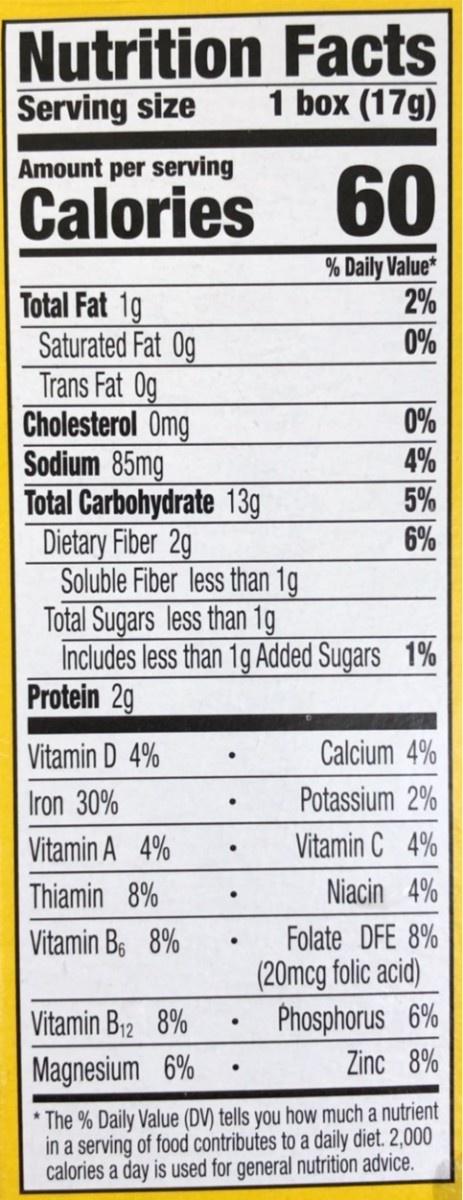
Nutrition Facts 1 box (17g)
Serving size
Amount per serving
Calories
60
% Daily Value* 2%
Total Fat 1g Saturated Fat Og Trans Fat 0g Cholesterol Omg Sodium 85mg Total Carbohydrate 13g Dietary Fiber 2g Soluble Fiber less than 1g Total Sugars less than 1g Includes less than 1g Added Sugars 1% Protein 2g
0%
0%
4%
5%
6%
Vitamin D 4%
Calcium 4%
Iron 30%
Potassium 2%
Vitamin A 4%
Vitamin C 4%
Thiamin 8%
Niacin 4%
Folate DFE 8% (20mcg folic acid) Phosphorus 6% Zinc 8%
Vitamin Bs 8%
Vitamin B12 8%
Magnesium 6%
* The % Daily Value (DV) tells you how much a nutrient in a serving of food contributes to a daily diet. 2,000 calories a day is used for general nutrition advice.